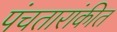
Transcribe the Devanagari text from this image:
पंचतारांकीत